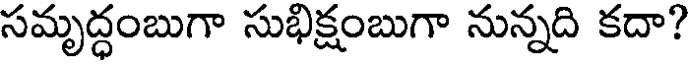
సమృద్ధంబుగా సుభిక్షంబుగా నున్నది కదా?